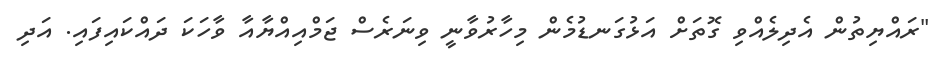
"ރައްޔިތުން އެދިލެއްވި ގޮތަށް އަޅުގަނޑުމެން މިހާރުވާނީ ވިނަރެސް ޖަމްއިއްޔާއާ ވާހަކަ ދައްކައިފައި. އަދި